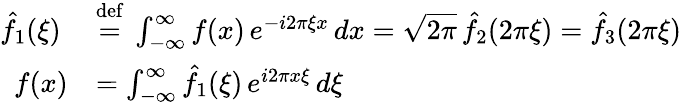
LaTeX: {\begin{array}{rl}{{\hat{f}}_{1}(\xi)\ }&{{\stackrel{\mathrm{def}}{=}}\ \int_{-\infty}^{\infty}f(x)\, e^{-i2\pi\xi x}\, dx={\sqrt{2\pi}}\, {\hat{f}}_{2}(2\pi\xi)={\hat{f}}_{3}(2\pi\xi)}\\ {f(x)}&{=\int_{-\infty}^{\infty}{\hat{f}}_{1}(\xi)\, e^{i2\pi x\xi}\, d\xi}\end{array}}